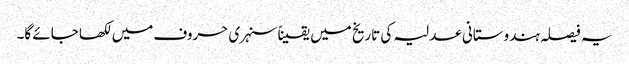
یہ فیصلہ ہندوستانی عدلیہ کی تاریخ میں یقیناً سنہری حروف میں لکھا جائے گا۔